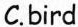
C.bird